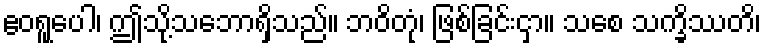
ဧဝရူပေါ၊ ဤသို့သဘောရှိသည်။ ဘဝိတုံ၊ ဖြစ်ခြင်းငှာ။ သစေ သက္ခိဿတိ၊